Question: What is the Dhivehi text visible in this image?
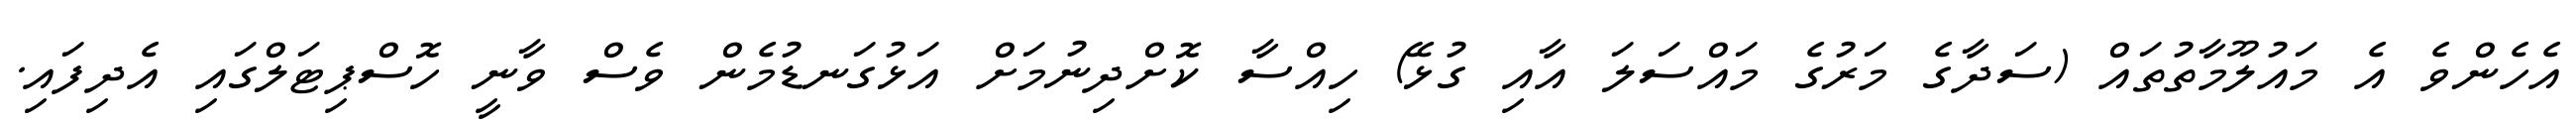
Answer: އެހެންވެ އެ މައުލޫމާތުތައް (ސަދާގެ މަރުގެ މައްސަލަ އާއި ގުޅޭ) ހިއްސާ ކޮށްދިނުމަށް އަޅުގަނޑުމެން ވެސް ވާނީ ހޮސްޕިޓަލްގައި އެދިފައި.